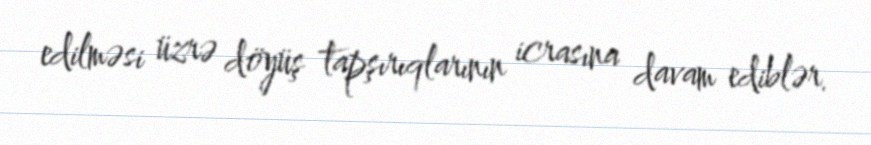
edilməsi üzrə döyüş tapşırıqlarının icrasına davam ediblər.